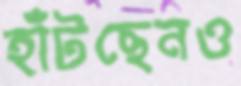
হাঁটছেনও